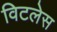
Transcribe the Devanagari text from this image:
विटलेस